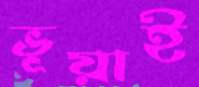
ভূয়াই